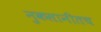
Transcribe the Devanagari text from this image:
नुकसानीतच